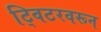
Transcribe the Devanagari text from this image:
ट्विटरवरून